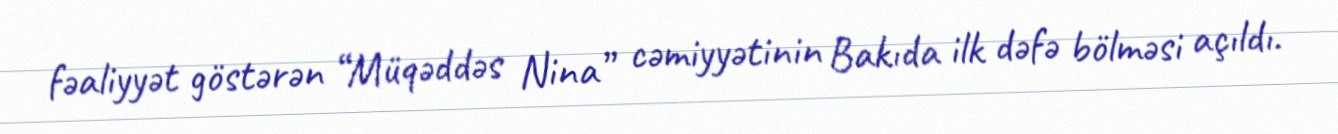
fəaliyyət göstərən “Müqəddəs Nina” cəmiyyətinin Bakıda ilk dəfə bölməsi açıldı.